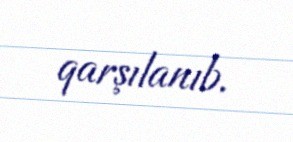
qarşılanıb.